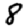
Digit: 8